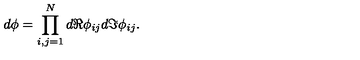
d \phi = \prod _ { i , j = 1 } ^ { N } d \Re \phi _ { i j } d \Im \phi _ { i j } .